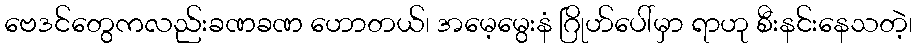
ဗေဒင်တွေကလည်းခဏခဏ ဟောတယ်၊ အမေ့မွေးနံ ဂြိုဟ်ပေါ်မှာ ရာဟု စီးနင်းနေသတဲ့၊